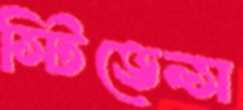
স্টিভেন্স